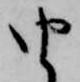
由